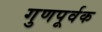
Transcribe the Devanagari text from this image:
गुणपूर्वक